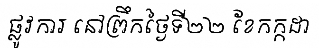
ផ្លូវការ នៅព្រឹកថ្ងៃទី២២ ខែកក្កដា